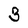
Character: 3